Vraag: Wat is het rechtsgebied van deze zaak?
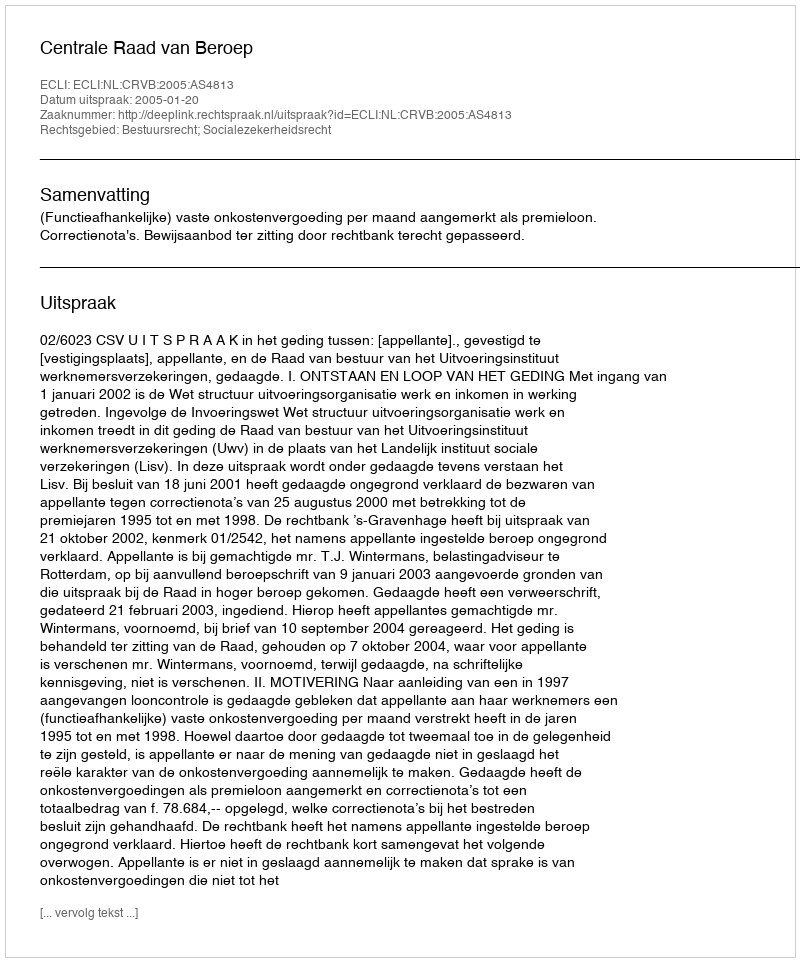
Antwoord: Bestuursrecht; Socialezekerheidsrecht